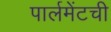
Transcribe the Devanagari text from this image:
पार्लमेंटची